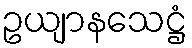
ဥယျာနသေဋ္ဌံ